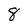
Character: 8